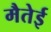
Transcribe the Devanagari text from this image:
मैतेई